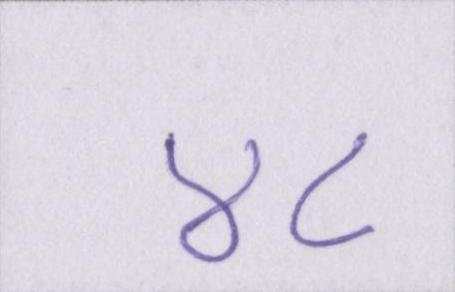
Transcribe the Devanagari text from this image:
४८